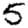
Digit: 5